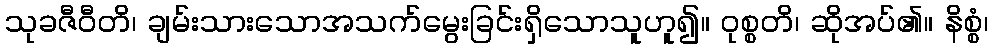
သုခဇီဝီတိ၊ ချမ်းသားသောအသက်မွေးခြင်းရှိသောသူဟူ၍။ ဝုစ္စတိ၊ ဆိုအပ်၏။ နိစ္စံ၊